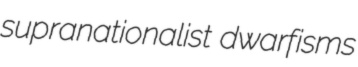
supranationalist dwarfisms